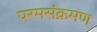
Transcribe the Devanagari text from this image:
परमसंक्रमण